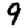
Digit: 9